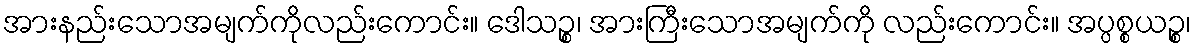
အားနည်းသောအမျက်ကိုလည်းကောင်း။ ဒေါသဉ္စ၊ အားကြီးသောအမျက်ကို လည်းကောင်း။ အပ္ပစ္စယဉ္စ၊